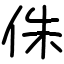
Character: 侏